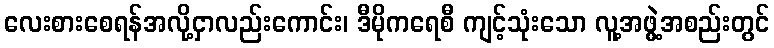
လေးစားစေရန်အလို့ငှာလည်းကောင်း၊ ဒီမိုကရေစီ ကျင့်သုံးသော လူ့အဖွဲ့အစည်းတွင်